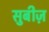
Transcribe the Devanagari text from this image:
सुबीज़